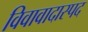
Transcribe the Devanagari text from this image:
विवावादास्पद